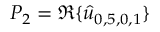
P _ { 2 } = \Re \{ \hat { u } _ { 0 , 5 , 0 , 1 } \}